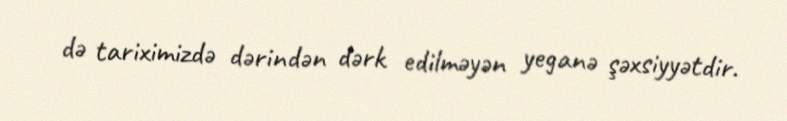
də tariximizdə dərindən dərk edilməyən yeganə şəxsiyyətdir.